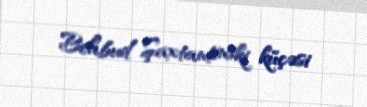
Behbud Şaxtantinski küçəsi